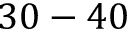
3 0 - 4 0